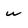
Character: w